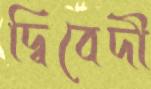
দ্বিবেদী